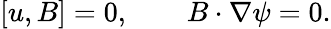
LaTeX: [u,B]=0,\qquad B\cdot\nabla\psi=0.